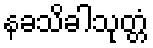
နခသိခါသုတ္တံ